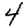
Digit: 4